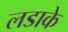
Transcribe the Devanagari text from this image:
लडाके